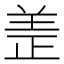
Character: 𫅏